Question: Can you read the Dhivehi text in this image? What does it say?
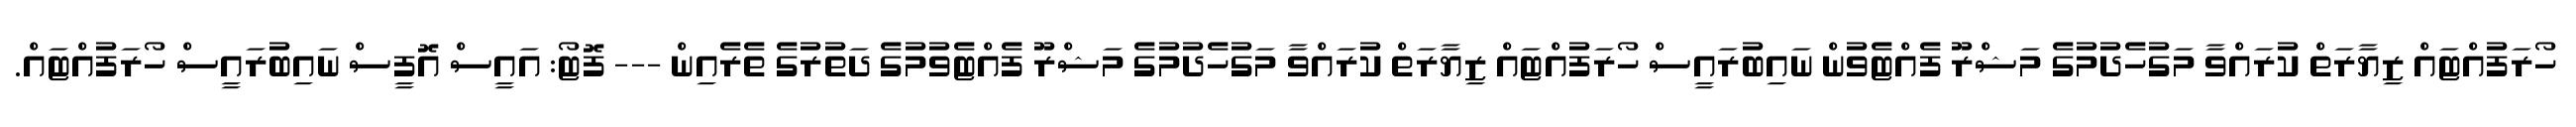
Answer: ހޯރަފުއްޓައް ޒިޔާރަތް ކުރައްވާ މަގުހެދުމުގެ މަޝްރޫ ފެއްޓެވުން ނައިބުރައީސް ހޯރަފުއްޓައް ޒިޔާރަތް ކުރައްވާ މަގުހެދުމުގެ މަޝްރޫ ފެއްޓެވުމުގެ ދަތުރުގެ ތެރެއިން --- ފޮޓޯ: އައީސް އޮފީސް ނައިބުރައީސް ހޯރަފުއްޓައް.